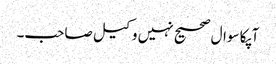
آپکا سوال صحیح نہیں وکیل صاحب۔